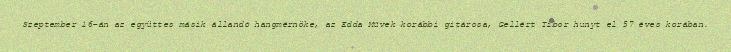
Szeptember 16-án az együttes másik állandó hangmérnöke, az Edda Művek korábbi gitárosa, Gellért Tibor hunyt el 57 éves korában.